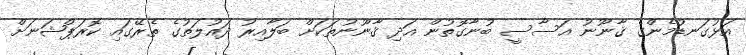
އަޅުގަނޑުމެންގެ ޤާނޫނު އަސާސީ ބުނާގޮތުން އަދި ޤާނޫނުތަކަށް ބަލާއިރު ދައުލަތުގެ ތެރޭގައި ކޮރަޕްޝަނަށް